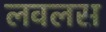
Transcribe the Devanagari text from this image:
लवलस